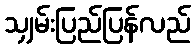
သျှမ်းပြည်ပြန်လည်